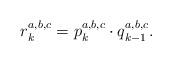
LaTeX: \begin{align*}&r_k^{a,b,c} = p_k^{a,b,c} \cdot q_{k - 1}^{a,b,c}.\end{align*}